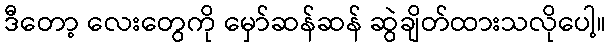
ဒီတော့ လေးတွေကို မှော်ဆန်ဆန် ဆွဲချိတ်ထားသလိုပေါ့။